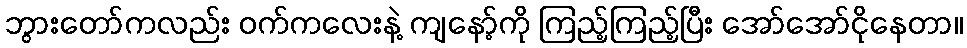
ဘွားတော်ကလည်း ဝက်ကလေးနဲ့ ကျနော့်ကို ကြည့်ကြည့်ပြီး အော်အော်ငိုနေတာ။